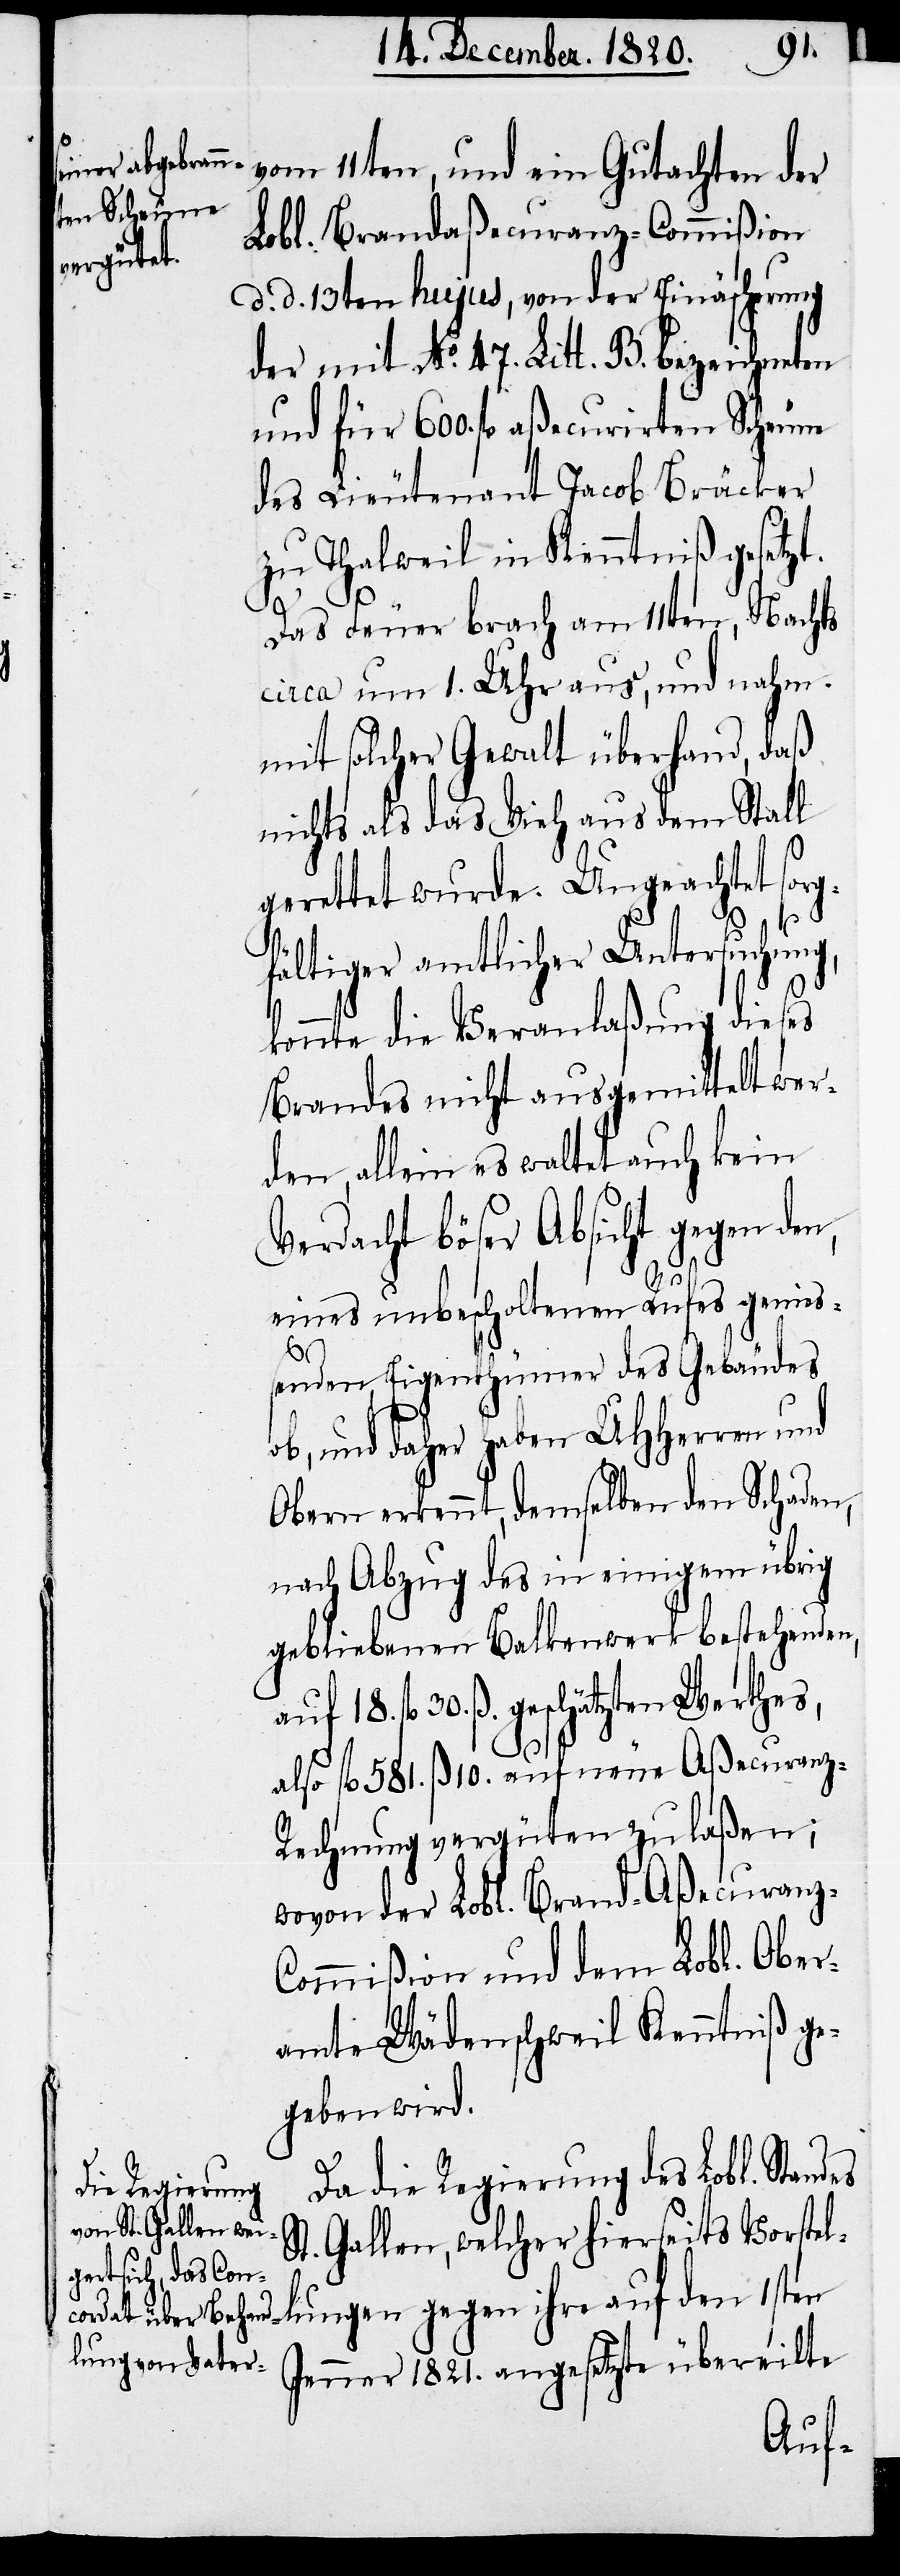
ge¬
vom 11ten, und ein Gutachten der
Lobl. Brandaßecuranz-Commißion
d. d. 13ten hujus, von der Einäscherung
der mit No. 47. Litt. B. bezeichneten
und für 600. fl. aßecurirten Scheune
des Lieutenant Jacob Bräcker
zu Thalweil in Kenntniß gesetzt.
lungen
Das Feuer brach am 11ten, Nachts
circa um 1. Uhr aus, und nahm
mit solcher Gewalt überhand, daß
nichts als das Vieh aus dem Stall
rettet wurde. Ungeachtet sor¬
fältiger amtlicher Untersuchung,
konnte die Veranlaßung dieses
Brandes nicht ausgemittelt wer¬
den, allein es waltet auch kein
Verdacht böser Absicht gegen den,
eines unbescholtenen Rufes genieß¬
S¬
enden Eigenthümer des Gebäudes
ob, und daher haben UHHerren und
Obern erkennt, demselben den Schaden,
nach Abzug des in einigem übrig
gebliebenen Balkenwerk bestehenden,
fl. 30. ß. geschätzten Werthes,
also fl. 581. ß 10. auf neue Aßecuranz-R¬
echnung vergüten zu laßen;
wovon der Lobl. Brand-Aßecuranz-C¬
ommißion und dem Lobl. Ober¬
amte Wädenschweil Kenntniß ge¬
geben wird.
Da die Regierung des Lobl. Standes
t. Gallen, welcher hierseits Vorstel¬
Jenner 1821. angesetzte übereilte